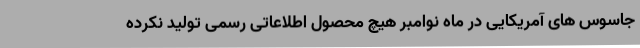
جاسوس های آمریکایی در ماه نوامبر هیچ محصول اطلاعاتی رسمی تولید نکرده